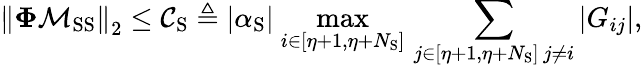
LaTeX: \left\Vert\mathbf{\Phi}\mathbf{\mathcal{M}}_{\mathrm{SS}}\right\Vert_{2}\leq\mathcal{C}_{\mathrm{S}}\triangleq|\alpha_{\mathrm{S}}|\ \underset{i\in[\eta+1,\eta+N_{\mathrm{S}}]}{\mathrm{max}}\, \sum_{\substack{j\in[\eta+1,\eta+N_{\mathrm{S}}]\, j\neq i}}|G_{ij}|,